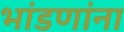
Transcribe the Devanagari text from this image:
भांडणांना